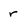
Character: r